Report of the Indian Hemp Drugs Commission, 1894-1895 - Volume VII
Year: 1894
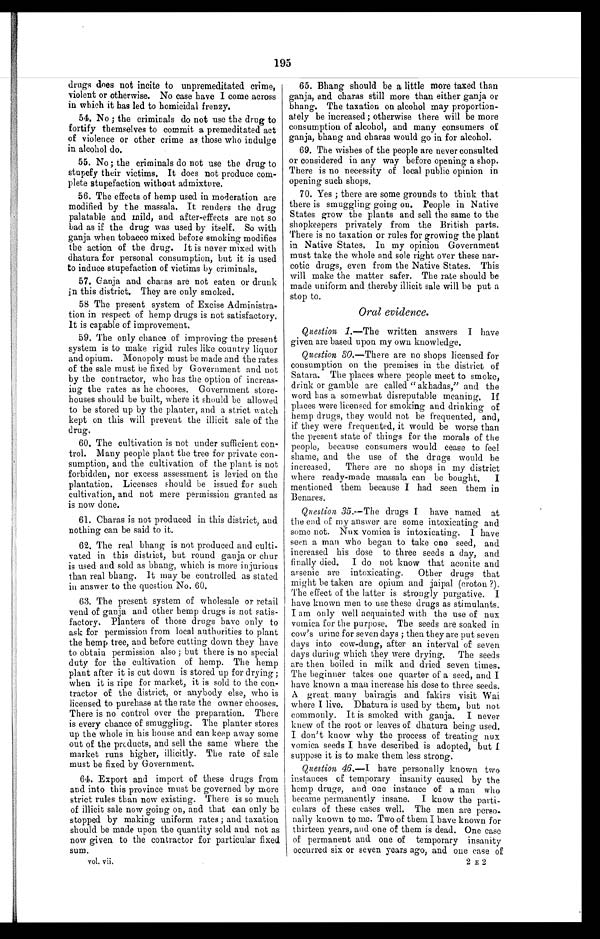
195
drugs does not incite to unpremeditated crime,
violent or otherwise. No case have I come across
in which it has led to homicidal frenzy.
54. No ; the criminals do not use the drug to
fortify themselves to commit a premeditated act
of violence or other crime as those who indulge
in alcohol do.
55. No; the criminals do not use the drug to
stupefy their victims. It does not produce com-
plete stupefaction without admixture.
56. The effects of hemp used in moderation are
modified by the massala, It renders the drug
palatable and mild, and after-effects are not so
bad as if the drug was used by itself. So with
ganja when tobacco mixed before smoking modifies
the action of the drug. It is never mixed with
dhatura for personal consumption, but it is used
to induce stupefaction of victims by criminals.
57. Ganja and charas are not eaten or drunk
in this district. They are only smoked.
58 The present system of Excise Administra--
tion in respect of hemp drugs is not satisfactory.
It is capable of improvement.
59. The only chance of improving the present
system is to make rigid rules like country liquor
and opium. Monopoly must be made and the rates
of the sale must be fixed by Government and not
by the contractor, who has the option of increas--
ing the rates as he chooses. Government store--
houses should be built, where it should be allowed
to be stored up by the planter, and a strict watch
kept on this will prevent the illicit sale of the
drug.
60. The cultivation is not under sufficient con-
trol. Many people plant the tree for private con--
sumption, and the cultivation of the plant is not
forbidden, nor excess assessment is levied on the
plantation. Licenses should be issued for such
cultivation, and not mere permission granted as
is now done.
61. Charas is not produced in this district, and
nothing can be said to it.
62. The real bhang is not produced and culti-
vated in this district, but round ganja or chur
is used and sold as bhang, which is more injurious
than real bhang. It may be controlled as stated
in answer to the question No. 60.
63. The present system of wholesale or retail
vend of ganja and other hemp drugs is not satis-
factory. Planters of those drugs have only to
ask for permission from local authorities to plant
the hemp tree, and before cutting down they have
to obtain permission also ; but there is no special
duty for the cultivation of hemp. The hemp
plant after it is cut down is stored up for drying;
when it is ripe for market, it is sold to the con--
tractor of the district, or anybody else, who is
licensed to purchase at the rate the owner chooses.
There is no control over the preparation. There
is every chance of smuggling. The planter stores
up the whole in his house and can keep away some
out of the products, and sell the same where the
market runs higher, illicitly. The rate of sale
must be fixed by Government.
64. Export and import of these drugs from
and into this province must be governed by more
strict rules than now existing. There is so much
of illicit sale now going on, and that can only be
stopped by making uniform rates ; and taxation
should be made upon the quantity sold and not as
now given to the contractor for particular fixed
SUM.
vol. vii.
65.
Bhang should be a little more taxed than
ganja, and charas still more than either ganja or
bhang. The taxation on alcohol may proportion--
ately be increased ; otherwise there will be more
consumption of alcohol, and many consumers of
ganja, bhang and charas would go in for alcohol.
69. The wishes of the people are never consulted
or considered in any way before opening a shop.
There is no necessity of local public opinion in
opening such shops.
70. Yes ; there are some grounds to think that
there is smuggling going on. People in Native
States grow the plants and sell the same to the
shopkeepers privately from the British parts.
There is no taxation or rules for growing the plant
in Native States. In my opinion Government
must take the whole and sole right over these nar-
cotic drugs, even from the Native States. This
will make the matter safer. The rate should be
made uniform and thereby illicit sale will be put a
stop to.
Oral evidence.
Question 1 .—The written answers I have
given are based upon my own knowledge.
Question 30.—There are no shops licensed for
consumption on the premises in the district of
Satara. The places where people meet to smoke,
drink or gamble are called " akhadas," and the
word has a somewhat disreputable meaning, If
places were licensed for smoking and drinking of
hemp drugs, they would not be frequented, and,
if they were frequented, it would be worse than
the present state of things for the morals of the
people, because consumers would cease to feel
shame, and the use of the drugs would be
increased,
There are no shops in my district
where ready-made massala can be bought. I
mentioned them because I had seen them in
Benares.
Question 35 .—The drugs I have named at
the end of my answer are some intoxicating and
some not. Nux vomica is intoxicating. I have
seen a man who began to take one seed, and
increased his dose to three seeds a day, and
finally died. I do not know that aconite and
arsenic are intoxicating. Other drugs that
might be taken are opium and jaipal (croton ?).
The effect of the latter is strongly purgative. I
have known men to use these drugs as stimulants.
I am only well acquainted with the use of nux
vomica for the purpose. The seeds are soaked in
cow's urine for seven days ; then they are put seven
days into cow-dung, after an interval of seven
days during which they were drying. The seeds
are then boiled in milk and dried seven times.
The beginner takes one quarter of a seed, and I
have known a man increase his dose to three seeds.
A great many bairagis and fakirs visit Wai
where I live. Dhatura is used by them, but not
commonly. It is smoked with ganja. I never
knew of the root or leaves of dhatura being used.
I don't know why the process of treating nux
vomica seeds I have described is adopted, but I
suppose it is to make them less strong.
Question 46. — I h a v e p e r s o n a l l y k n o w n t w o
instances of temporary insanity caused by the
hemp drugs, and one instance of a man who
became permanently insane. I know the parti--
culars of these cases well. The men are perso-
-nally known to me. Two of them I have known for
thirteen years, and one of them is dead. One case
of permanent and one of temporary insanity
occurred six or seven years ago, and one case of
2 E 2